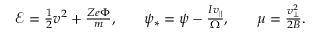
\begin{array} { r l r l r } { \mathcal { E } = \frac { 1 } { 2 } v ^ { 2 } + \frac { Z e \Phi } { m } , } & { { } } & { \psi _ { \ast } = \psi - \frac { I v _ { \parallel } } { \Omega } , } & { { } } & { \mu = \frac { v _ { \perp } ^ { 2 } } { 2 B } . } \end{array}